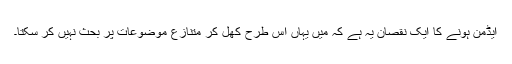
ایڈمن ہونے کا ایک نقصان یہ ہے کہ میں یہاں اس طرح کھل کر متنازع موضوعات پر بحث نہیں کر سکتا۔